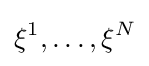
\xi ^{1},\dots ,\xi ^{N}